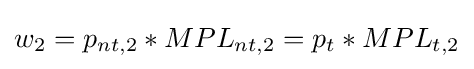
w_{2}=p_{nt,2}*MPL_{nt,2}=p_{t}*MPL_{t,2}